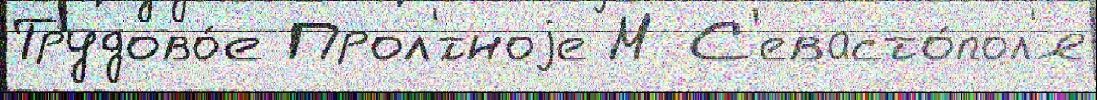
Трудово́е Прол'́тноjе М С'евасто́пол'я